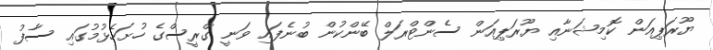
ޔޫރަޕިއަން ކޮމިޝަނާއި ޔޫރަޕިއަން ސެންޓްރަލް ބޭންކުން ބުނެފައި ވަނީ ގްރީސްގެ ހުށަހެޅުމުގައި ސާފު